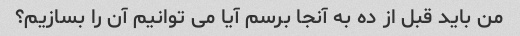
من باید قبل از ده به آنجا برسم آیا می توانیم آن را بسازیم؟